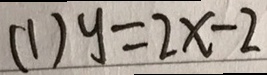
( 1 ) y = 2 x - 2